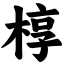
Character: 椁